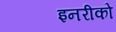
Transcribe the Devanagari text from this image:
इनरीको